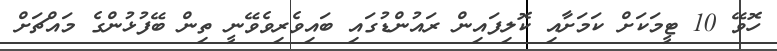
ހޮވޭ 10 ޓީމަކަށް ކަމަށާއި ކޮލިފައިން ރައުންޑުގައި ބައިވެރިވެވޭނީ ތިން ބޭފުޅުންގެ މައްޗަށް